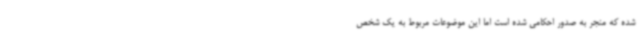
شده که منجر به صدور احکامی شده است اما این موضوعات مربوط به یک شخص